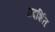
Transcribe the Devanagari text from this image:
प्रदशि॔त